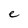
Character: e